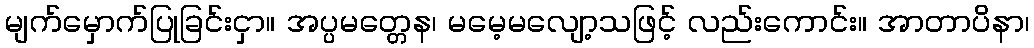
မျက်မှောက်ပြုခြင်းငှာ။ အပ္ပမတ္တေန၊ မမေ့မလျော့သဖြင့် လည်းကောင်း။ အာတာပိနာ၊